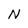
Character: N